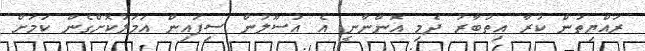
ރައްޔިތުން ކުރާ އިތުބާރު ދެމި އޮންނާނީ އެ އުސޫލުން ސިފައިން އަމަލުކޮށްގެން ކަމަށް